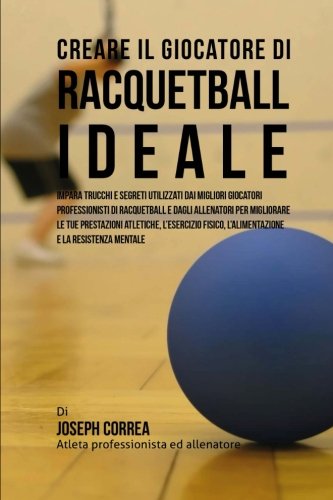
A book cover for Creare il Giocatore Di Racquetball Ideale: Impara Trucchi E Segreti Utilizzati Dai Migliori Giocatori Professionisti Di Racquetball E Dagli Allenatori ... E La Resistenza Mentale (Italian Edition); Joseph Correa (Atleta Professionista Ed Allenatore); Sports & Outdoors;